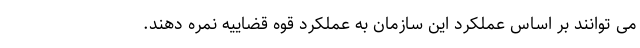
می توانند بر اساس عملکرد این سازمان به عملکرد قوه قضاییه نمره دهند.